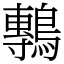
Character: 鷒